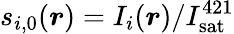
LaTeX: s_{i,0}(\boldsymbol{r})=I_{i}(\boldsymbol{r})/I_{\mathrm{sat}}^{421}